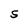
Character: S